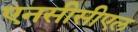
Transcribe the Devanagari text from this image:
एनसीसीएल